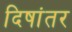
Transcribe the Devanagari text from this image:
दिषांतर